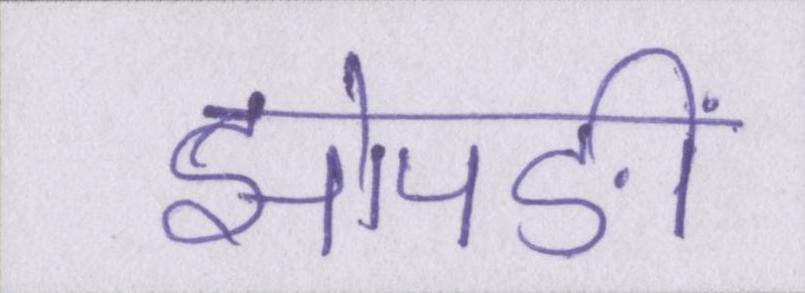
झोपङीं